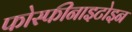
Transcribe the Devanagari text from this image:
फोस्फीनाइटोइन